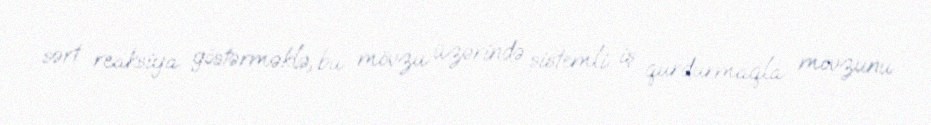
sərt reaksiya göstərməklə, bu mövzu üzərində sistemli iş qurdurmaqla mövzunu